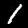
Label: 1